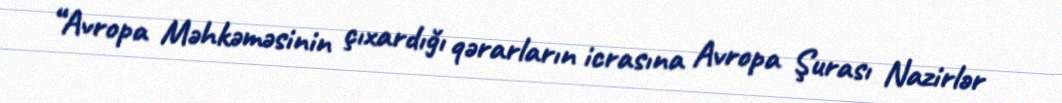
“Avropa Məhkəməsinin çıxardığı qərarların icrasına Avropa Şurası Nazirlər